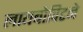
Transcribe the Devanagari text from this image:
लायबोविटने